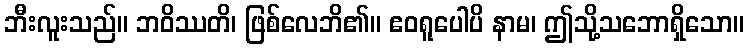
ဘီးလူးသည်။ ဘဝိဿတိ၊ ဖြစ်လေဘိ၏။ ဧဝရူပေါပိ နာမ၊ ဤသို့သဘောရှိသော။